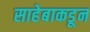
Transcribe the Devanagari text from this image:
साहेबाकडून